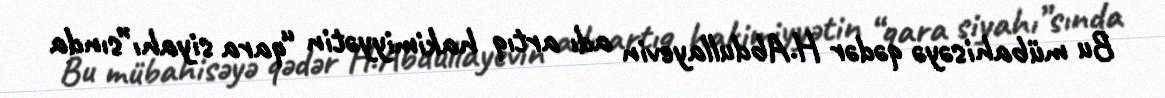
Bu mübahisəyə qədər H.Abdullayevin adı artıq hakimiyyətin “qara siyahı”sında